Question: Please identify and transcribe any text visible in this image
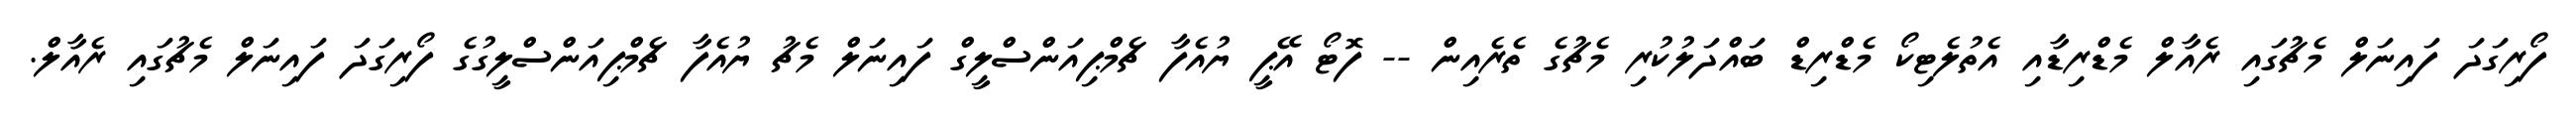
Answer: ފޯރިގަދަ ފައިނަލް މެޗުގައި ރެއާލް މެޑްރިޑާއި އެތުލެޓިކޯ މެޑްރިޑް ބައްދަލުކުރި މެޗުގެ ތެރެއިން -- ފޮޓޯ އޭޕީ ޔުއެފާ ޗެމްޕިއަންސްލީގް ފައިނަލް މެޗު ޔުއެފާ ޗެމްޕިއަންސްލީގުގެ ފޯރިގަދަ ފައިނަލް މެޗުގައި ރެއާލް.